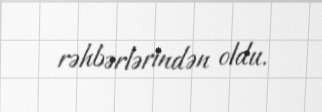
rəhbərlərindən oldu.